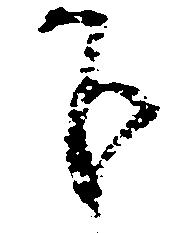
下